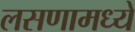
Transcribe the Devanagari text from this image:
लसणामध्ये